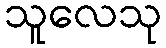
သူလေသု